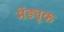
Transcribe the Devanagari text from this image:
मेंड्यूक